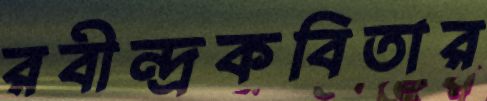
রবীন্দ্রকবিতার